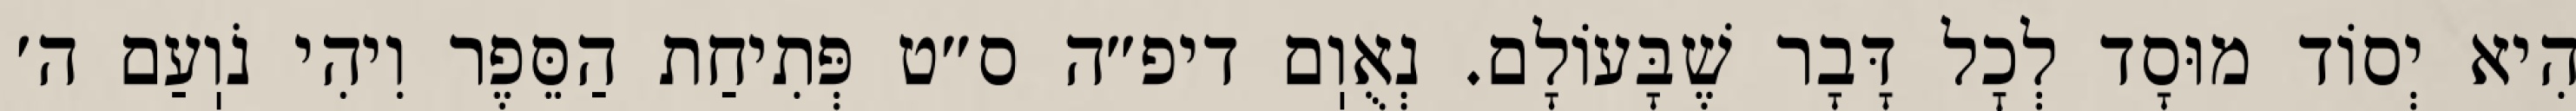
הִיא יְסוֹד מוּסָד לְכׇל דָּבָר שֶׁבָּעוֹלָם. נְאֻוֽם דיפ״ה ס״ט פְּתִיחַת הַסֵּפֶר וִיהִי נֹוֽעַם ה׳